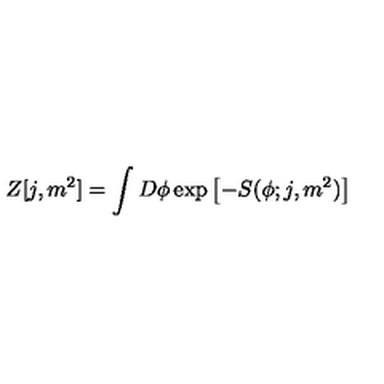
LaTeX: Z [ j , m ^ { 2 } ] = \int D \phi \exp \left[ - S ( \phi ; j , m ^ { 2 } ) \right]